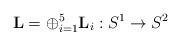
LaTeX: \begin{align*} \mathbf{L}=\oplus_{i=1}^5 \mathbf{L}_i: S^1 \rightarrow S^2 \end{align*}